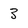
Character: 3